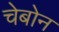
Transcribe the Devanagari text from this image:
चेबोन